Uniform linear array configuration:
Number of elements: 8
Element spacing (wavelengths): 0.25
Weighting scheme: blackman
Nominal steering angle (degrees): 0
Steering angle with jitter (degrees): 1.585
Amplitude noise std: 0.05
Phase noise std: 0.05

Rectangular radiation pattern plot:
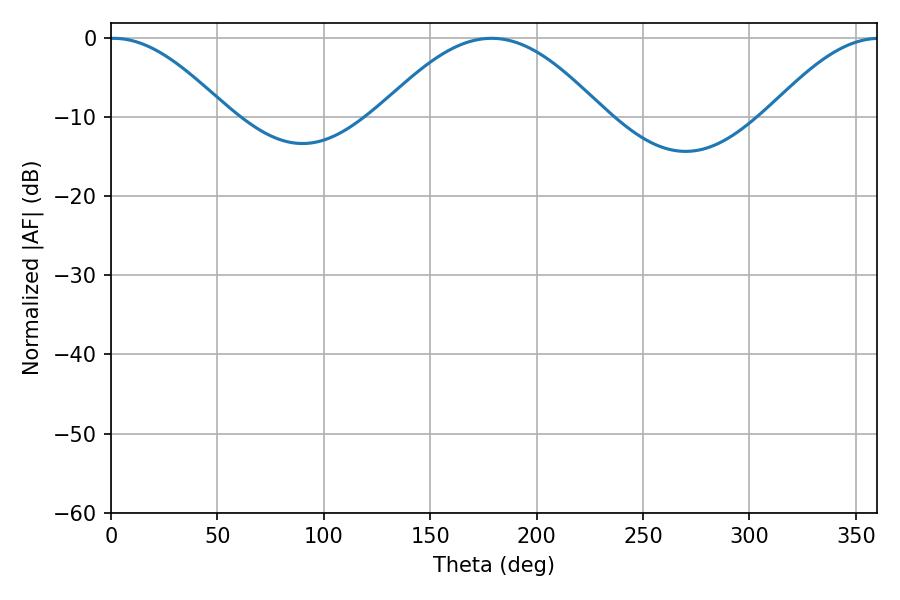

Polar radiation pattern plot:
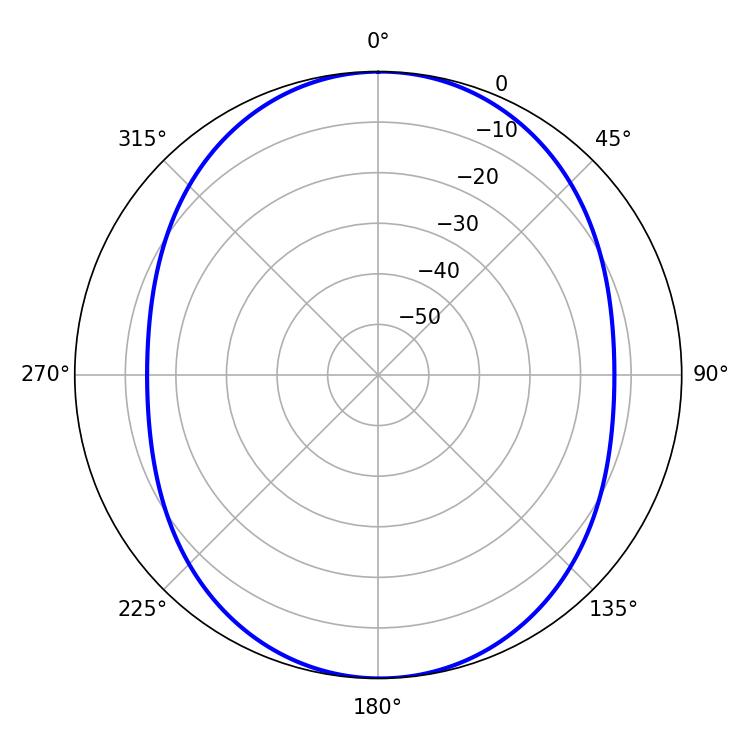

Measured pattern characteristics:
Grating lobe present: FALSE
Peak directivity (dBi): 15.49
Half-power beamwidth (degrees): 29.88
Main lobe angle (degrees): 1.26